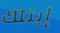
إبنتك